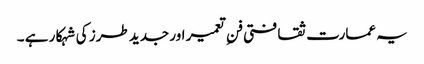
یہ عمارت ثقافتی فنِ تعمیر اور جدید طرز کی شہکار ہے ۔